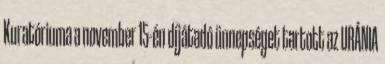
Kuratóriuma a november 15-én díjátadó ünnepséget tartott az URÁNIA